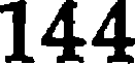
144